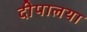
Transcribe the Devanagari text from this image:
दीपालया